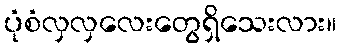
ပုံစံလှလှလေးတွေရှိသေးလား။